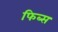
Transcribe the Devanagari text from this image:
फिब्स